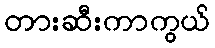
တားဆီးကာကွယ်